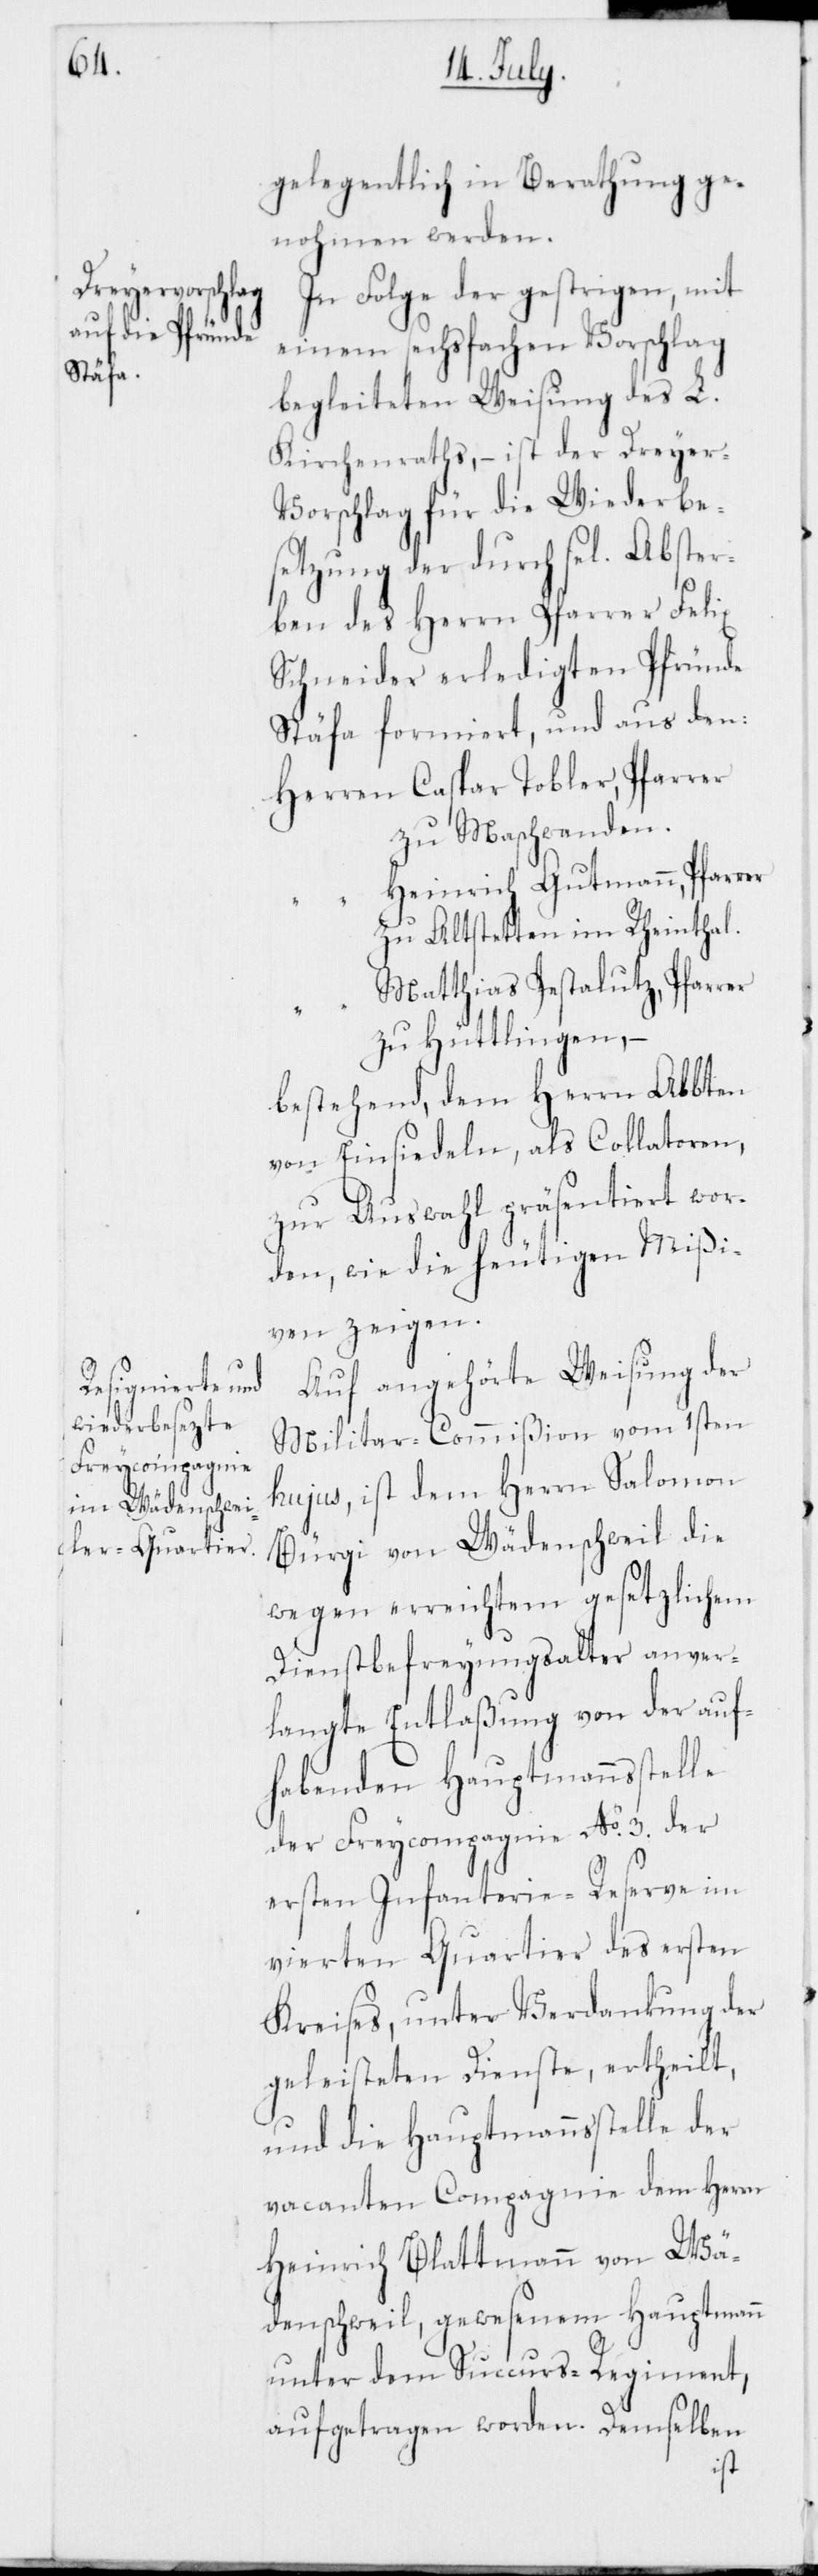
gelegentlich in Berathung ge¬
nohmen werden.
In Folge der gestrigen, mit
einem sechsfachen Vorschlag
begleiteten Weisung des L.
Kirchenraths, – ist der Dreye¬
r-Vorschlag für die Wiederbe¬
setzung der durch sel. Abster¬
ben des Herrn Pfarrer Felix
Schneider erledigten Pfründe
Stäfa formiert, und aus den:
Herren	Caspar Tobler, Pfarrer
zu Maschwanden.
“	Heinrich Gutmann, Pfarrer
zu Altstetten im Rheinthal.
“	Matthias Pestalutz, Pfarrer
zu Hüttlingen, –
bestehend, dem Herrn Abbten
von Einsiedeln, als Collatoren,
zur Auswahl präsentiert wor¬
den, wie die heutigen Mißi¬
ven zeigen.
Auf angehörte Weisung der
Militar-Commißion vom 1sten
hujus, ist dem Herrn Salomon
Bürgi von Wädenschweil die
wegen erreichtem gesetzlichem
Dienstbefreyungsalter anver¬
langte Entlaßung von der auf¬
habenden Hauptmannsstelle
der Freycompagnie No 3. der
ersten Infanterie-Reserve im
vierten Quartier des ersten
Kreises, unter Verdankung der
geleisteten Dienste, ertheilt,
und die Hauptmannsstelle der
vacanten Compagnie dem Herrn
Heinrich Blattmann von Wä¬
denschweil, gewesenem Hauptmann
unter dem Succurs-Regiment,
aufgetragen worden. Demselben